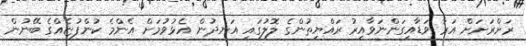
ރަށްރަށަށް އަރާ ވަޑާއިގަންނަވާއިރު ރައްޔިތުންގެ ލޮލުގައި އަނދުން އެޅުވުމަށް އެންމެ ކުންފުޏެއްގެ ބޭނުން